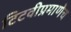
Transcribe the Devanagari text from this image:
टिटवीप्रमाणेच